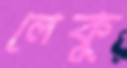
লেকু